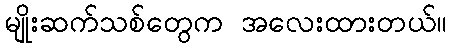
မျိုးဆက်သစ်တွေက အလေးထားတယ်။